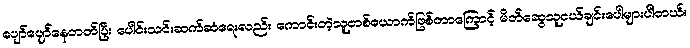
ပျော်ပျော်နေတတ်ပြီး ပေါင်းသင်းဆက်ဆံရေးလည်း ကောင်းတဲ့သူတစ်ယောက်ဖြစ်တာကြောင့် မိတ်ဆွေသူငယ်ချင်းပေါများပါတယ်။